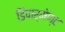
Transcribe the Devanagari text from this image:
डिपार्मेण्ट